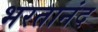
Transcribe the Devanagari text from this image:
भरतानंद